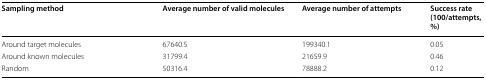
<table><thead><tr><td><b>Sampling method</b></td><td><b>Average number of valid molecules</b></td><td><b>Average number of attempts</b></td><td><b>Success rate (100/attempts, %)</b></td></tr></thead><tbody><tr><td>Around target molecules</td><td>67640.5</td><td>199340.1</td><td>0.05</td></tr><tr><td>Around known molecules</td><td>31799.4</td><td>21659.9</td><td>0.46</td></tr><tr><td>Random</td><td>50316.4</td><td>78888.2</td><td>0.12</td></tr></tbody></table>